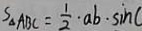
S _ { \Delta A B C } = \frac { 1 } { 2 } \cdot a b \cdot \sin C